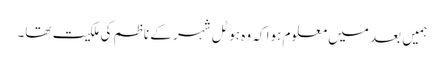
ہمیں بعد میں معلوم ہوا کہ وہ ہوٹل شہر کے ناظم کی ملکیت تھا۔